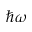
\hbar \omega